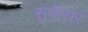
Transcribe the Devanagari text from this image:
सुकेसर